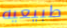
طبيعيه